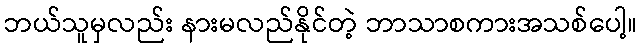
ဘယ်သူမှလည်း နားမလည်နိုင်တဲ့ ဘာသာစကားအသစ်ပေါ့။